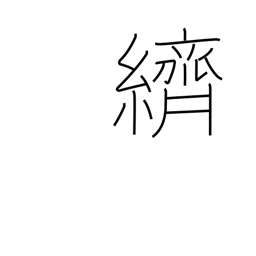
Meaning: splashed pattern dyeing or weaving